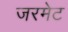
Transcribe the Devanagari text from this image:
जरमेट